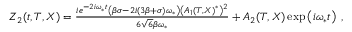
\begin{array} { r } { Z _ { 2 } ( t , T , X ) = \frac { i e ^ { - 2 i \omega _ { * } t } \left( \beta \sigma - 2 i ( 3 \beta + \sigma ) \omega _ { * } \right) \left( A _ { 1 } ( T , X ) { } ^ { * } \right) { } ^ { 2 } } { 6 \sqrt { 6 } \beta \omega _ { * } } + A _ { 2 } ( T , X ) \exp \left( i \omega _ { * } t \right) \; , } \end{array}